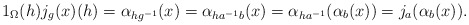
\begin{align*}1_{\Omega}(h)j_{g}(x)(h)=\alpha_{hg^{-1}}(x)=\alpha_{ha^{-1}b}(x)=\alpha_{ha^{-1}}(\alpha_{b}(x))=j_{a}(\alpha_{b}(x)).\end{align*}